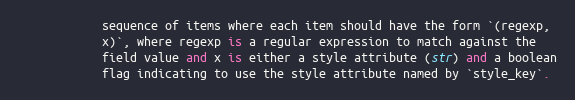
Language: Python
            sequence of items where each item should have the form `(regexp,
            x)`, where regexp is a regular expression to match against the
            field value and x is either a style attribute (str) and a boolean
            flag indicating to use the style attribute named by `style_key`.